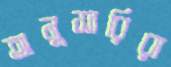
অনুসারিরা